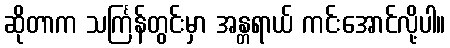
ဆိုတာက သင်္ကြန်တွင်းမှာ အန္တရာယ် ကင်းအောင်လို့ပါ။